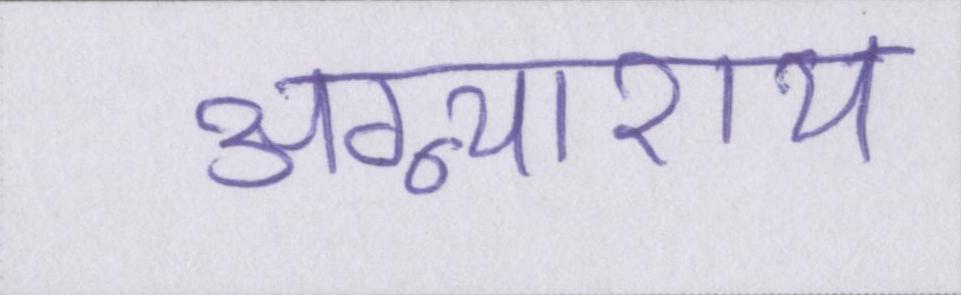
अग्न्याशय